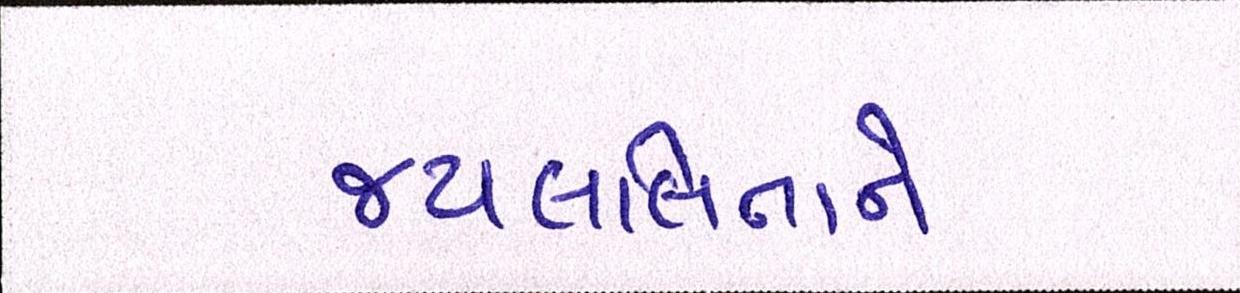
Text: જયલલિતાને